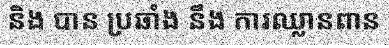
និង បាន ប្រឆាំង នឹង ការឈ្លានពាន